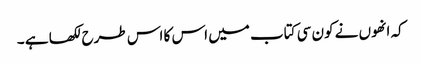
کہ انھوں نے کون سی کتاب میں اس کا اس طرح لکھا ہے ۔